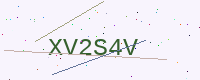
Text: XV2S4V